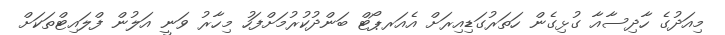
މިއަދުގެ ހާދިސާއާ ގުޅިގެން ހަތަރުގަޑިއިރަށް އެއަރޕޯޓް ބަންދުކުރުމަށްފަހު މިހާރު ވަނީ އަލުން ފްލައިޓްތަކަށް